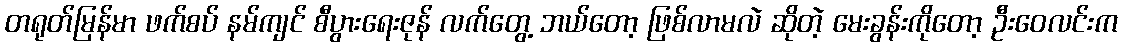
တရုတ်မြန်မာ ဖက်စပ် နမ်ကျင် စီပွားရေးဇုန် လက်တွေ့ ဘယ်တော့ ဖြစ်လာမလဲ ဆိုတဲ့ မေးခွန်းကိုတော့ ဦးဝေလင်းက